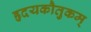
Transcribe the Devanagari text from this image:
हृदयकौतुकम्‌